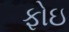
ફોઇ